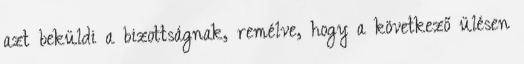
azt beküldi a bizottságnak, remélve, hogy a következő ülésen